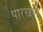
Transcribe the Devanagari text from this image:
पारखले